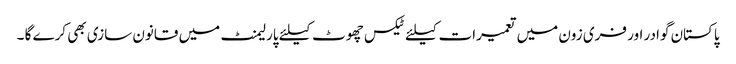
پاکستان گوادر اور فری زون میں تعمیرات کیلئے ٹیکس چھوٹ کیلئے پارلیمنٹ میں قانون سازی بھی کرے گا ۔